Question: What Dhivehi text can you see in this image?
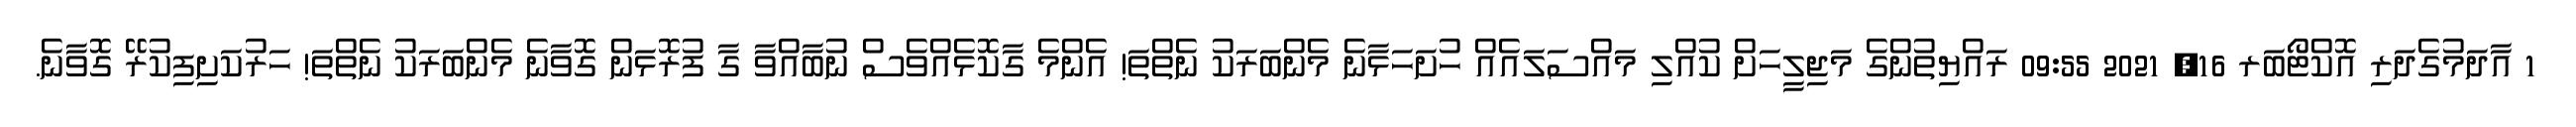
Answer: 1 އާދަމުގެދަރި އޮކްޓޯބަރ 16, 2021 09:55 ރައްޔިތުންގެ މަޖިލީހަށް ކުއްލި މައްސަލައެއް ހުށަހަޅާނެ މެންބަރަކު ނެތްތަ! އެންމެ ގާކޮޅެއްވެސް ނުބާއްވާ ގާ ފުރޮޅަން ގޮވާނެ މެންބަރަކު ނެތްތަ! ހަރުކަށިފިކުރޭ ގޮވާނެ.